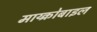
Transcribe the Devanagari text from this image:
माय्क्रोबाइल